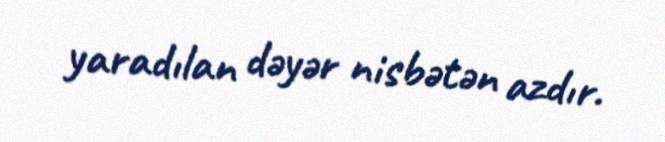
yaradılan dəyər nisbətən azdır.